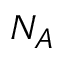
N _ { A }